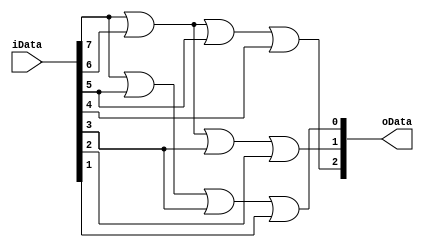
module encoder83 (
    input [7:0] iData,
    output [2:0] oData
);
    assign oData[2]=iData[7] | iData[6] | iData[5] | iData[4];
    assign oData[1]=iData[7] | iData[6] | iData[3] | iData[2];
    assign oData[0]=iData[7] | iData[5] | iData[3] | iData[1];
endmodule